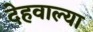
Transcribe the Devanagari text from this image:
देहवाल्या